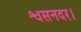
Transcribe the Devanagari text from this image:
श्वसनदर।